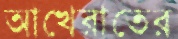
আখেরাতের